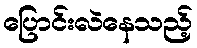
ပြောင်းလဲနေသည့်